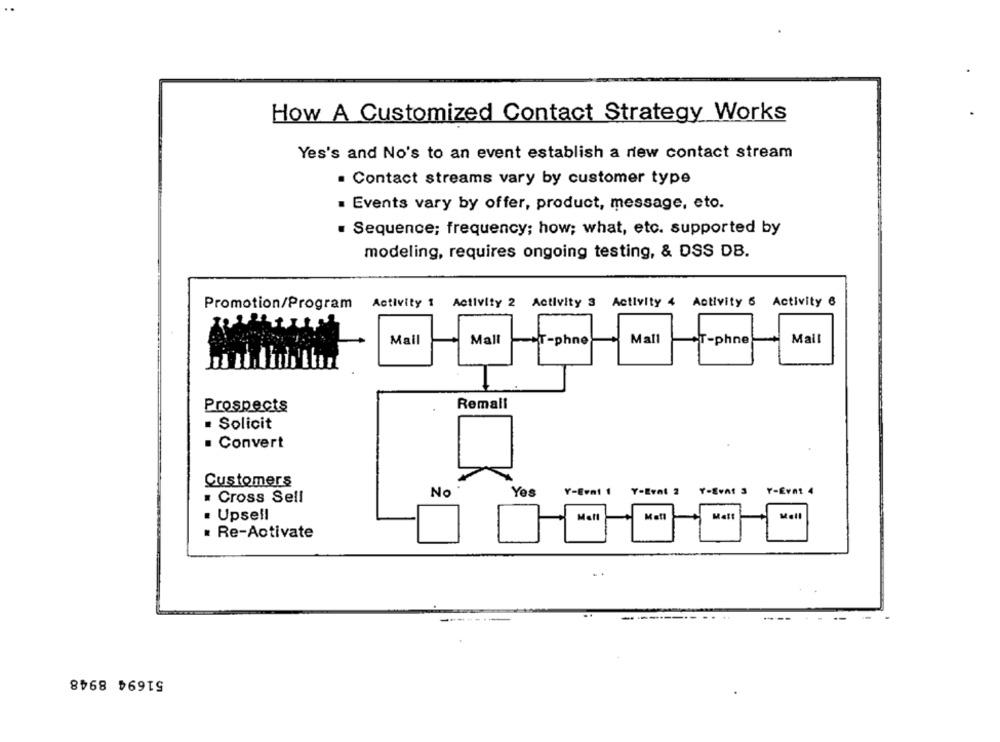
How A Customized Contact Strategy Works
Yes's and No's to an event establish a new contact stream
. Contact streams vary by customer type
. Events vary by offer, product, message, eto.
. Sequence; frequency; how; what, etc. supported by
modeling, requires ongoing testing, & DSS DB.
Activity 1 Activity 2
Activity 3 Activity 4 Activity 6 Activity 6
Promotion/Program
Mall
Mall
T-phne
Mall
AT-phne
Mail
Prospects
Remali
· Solicit
. Convert
Customers
Y-Eval 2 Y-Evnt 3
Y-Evnt 4
No
Yes
Y-Evnt 1
· Cross Sell
· Upsell
Mall
Matt
Mell
· Re-Activate
..
51694 8948